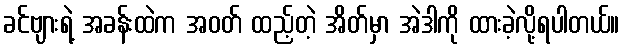
ခင်ဗျားရဲ့ အခန်းထဲက အဝတ် ထည့်တဲ့ အိတ်မှာ အဲဒါကို ထားခဲ့လို့ရပါတယ်။